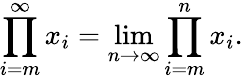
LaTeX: \prod_{i=m}^{\infty}x_{i}=\operatorname*{lim}_{n\to\infty}\prod_{i=m}^{n}x_{i}.